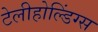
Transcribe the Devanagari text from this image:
टेलीहोल्डिंग्स